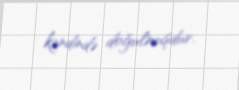
kəndində doğulmuşdur.